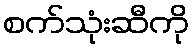
စက်သုံးဆီကို